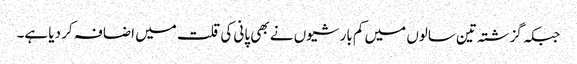
جبکہ گزشتہ تین سالوں میں کم بارشیوں نے بھی پانی کی قلت میں اضافہ کر دیا ہے۔